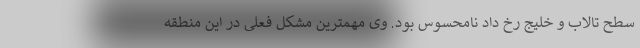
سطح تالاب و خلیج رخ داد نامحسوس بود. وی مهمترین مشکل فعلی در این منطقه